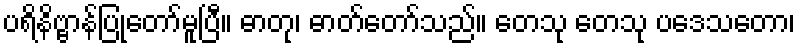
ပရိနိဗ္ဗာန်ပြုတော်မူပြီ။ ဓာတု၊ ဓာတ်တော်သည်။ တေသု တေသု ပဒေသတော၊